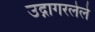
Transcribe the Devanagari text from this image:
उद्गागरलेले